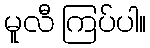
မူလီ ကြပ်ပါ။